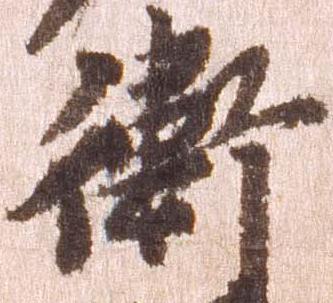
衛